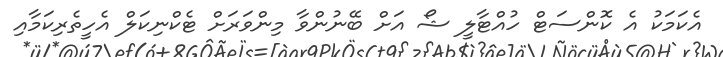
އެކަމަކު އެ ކޮންސަޓް ހުއްޓާލީ ޝޯ އަށް ބޭނުންވާ މިންވަރަށް ޓެކްނިކަލް އެހީތެރިކަމާއި